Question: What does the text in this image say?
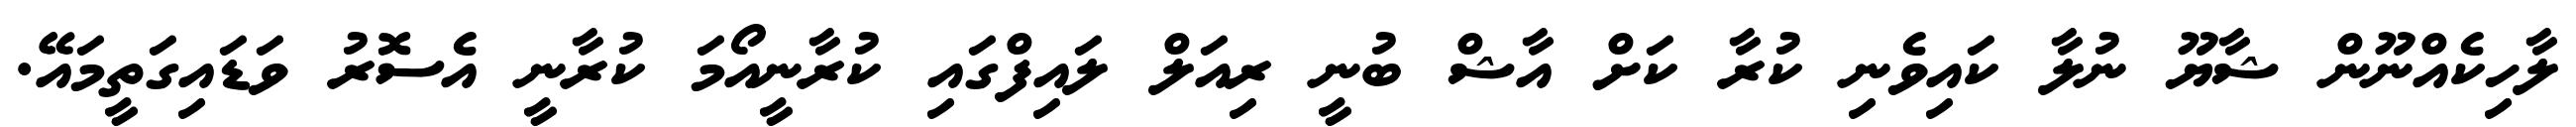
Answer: ލާހިކެއްނޫން ޝާޔޫ ނުލާ ކައިވެނި ކުރާ ކަށް އާޝް ބުނީ ރިއަލް ލައިފްގައި ކުރާނީއޯމަ ކުރާނީ އެސޮރު ވަޑައިގަތީމައޭ.